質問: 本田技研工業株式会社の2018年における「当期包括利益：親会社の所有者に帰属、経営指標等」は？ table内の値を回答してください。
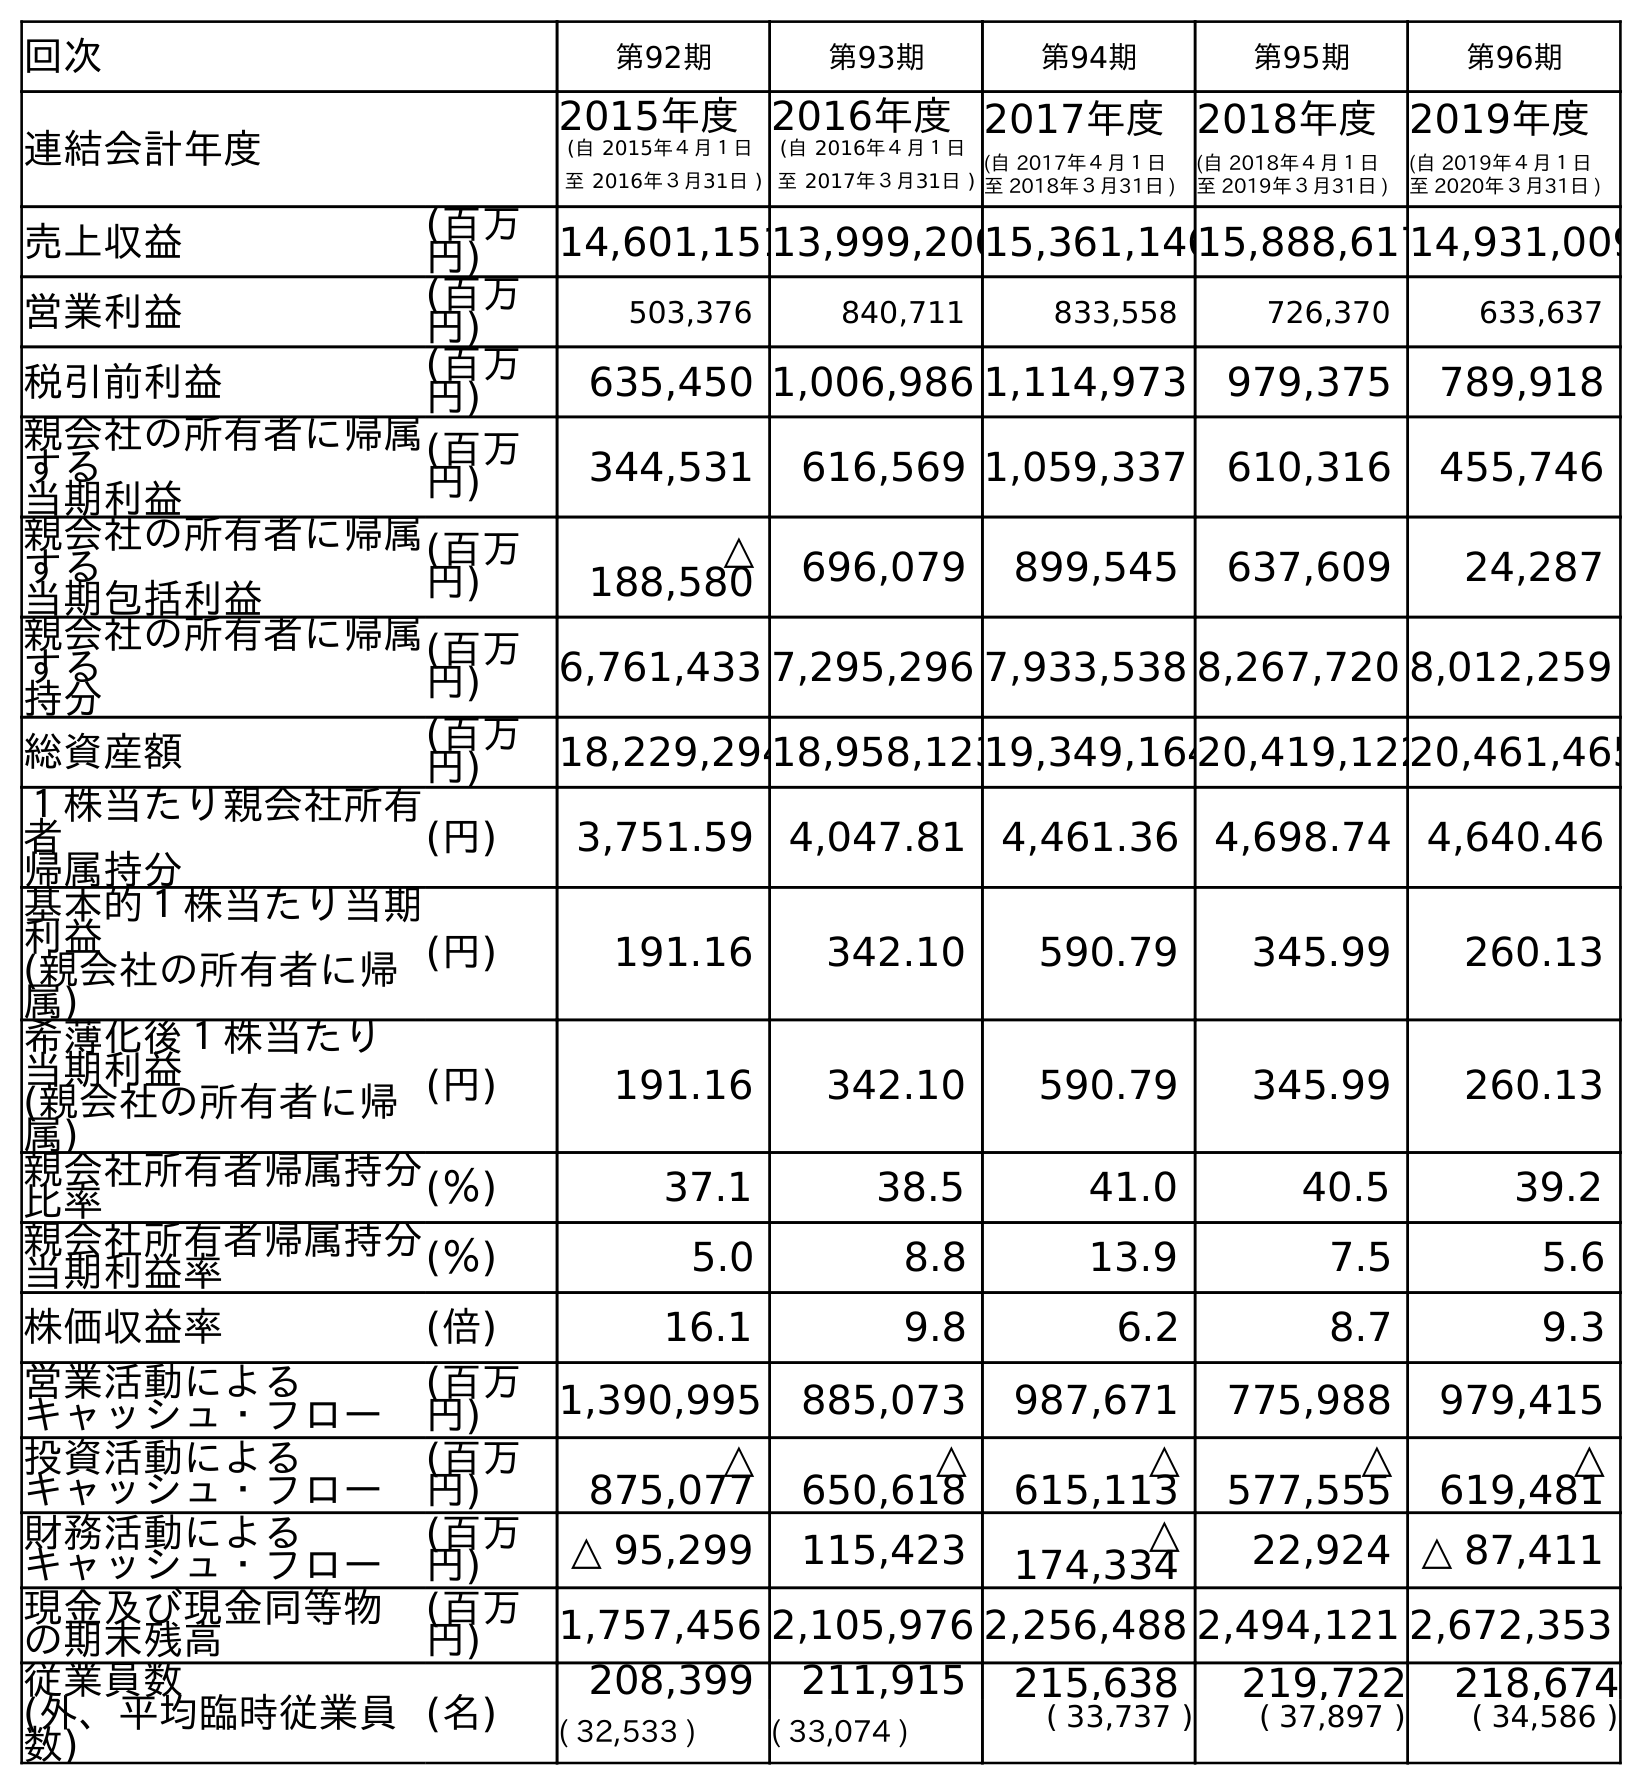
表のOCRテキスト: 回次 第92期 第93期 第94期 第95期 第96期 連結会計年度 2015年度 (自 2015年４月１日 至 2016年３月31日 ) 2016年度 (自 2016年４月１日 至 2017年３月31日 ) 2017年度 (自 2017年４月１日 至 2018年３月31日 ) 2018年度 (自 2018年４月１日 至 2019年３月31日 ) 2019年度 (自 2019年４月１日 至 2020年３月31日 ) 売上収益 (百万 円) 14,601,15113,999,20015,361,14615,888,61714,931,009 営業利益 (百万 円) 503,376 840,711 833,558 726,370 633,637 税引前利益 (百万 円) 635,450 1,006,986 1,114,973 979,375 789,918 親会社の所有者に帰属 する 当期利益 (百万 円) 344,531 616,569 1,059,337 610,316 455,746 親会社の所有者に帰属 する 当期包括利益 (百万 円) △ 188,580 696,079 899,545 637,609 24,287 親会社の所有者に帰属 する 持分 (百万 円) 6,761,433 7,295,296 7,933,538 8,267,720 8,012,259 総資産額 (百万 円) 18,229,29418,958,12319,349,16420,419,12220,461,465 １株当たり親会社所有 者 帰属持分 (円) 3,751.59 4,047.81 4,461.36 4,698.74 4,640.46 基本的１株当たり当期 利益 (親会社の所有者に帰 属) (円) 191.16 342.10 590.79 345.99 260.13 希薄化後１株当たり 当期利益 (親会社の所有者に帰 属) (円) 191.16 342.10 590.79 345.99 260.13 親会社所有者帰属持分 比率 (％) 37.1 38.5 41.0 40.5 39.2 親会社所有者帰属持分 当期利益率 (％) 5.0 8.8 13.9 7.5 5.6 株価収益率 (倍) 16.1 9.8 6.2 8.7 9.3 営業活動による キャッシュ・フロー (百万 円) 1,390,995 885,073 987,671 775,988 979,415 投資活動による キャッシュ・フロー (百万 円) △ 875,077 △ 650,618 △ 615,113 △ 577,555 △ 619,481 財務活動による キャッシュ・フロー (百万 円) △ 95,299 115,423 △ 174,334 22,924 △ 87,411 現金及び現金同等物 の期末残高 (百万 円) 1,757,456 2,105,976 2,256,488 2,494,121 2,672,353 従業員数 (外、平均臨時従業員 数) (名) 208,399 211,915 215,638 219,722 218,674 ( 32,533 ) ( 33,074 ) ( 33,737 ) ( 37,897 ) ( 34,586 )
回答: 899,545